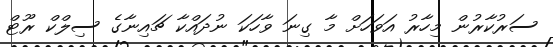
ސަރުކާރުން މިހާރު އަވަހަށް މާ ގިނަ ވާހަކަ ނުދައްކާ ޗައިނާގެ ސިލްކް ރޫޓް